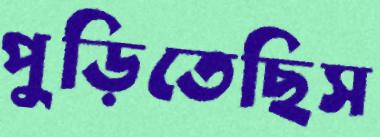
পুড়িতেছিস